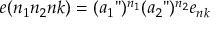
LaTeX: e ( n _ { 1 } n _ { 2 } n k ) = ( a _ { 1 } " ) ^ { n _ { 1 } } ( a _ { 2 } " ) ^ { n _ { 2 } } e _ { n k }